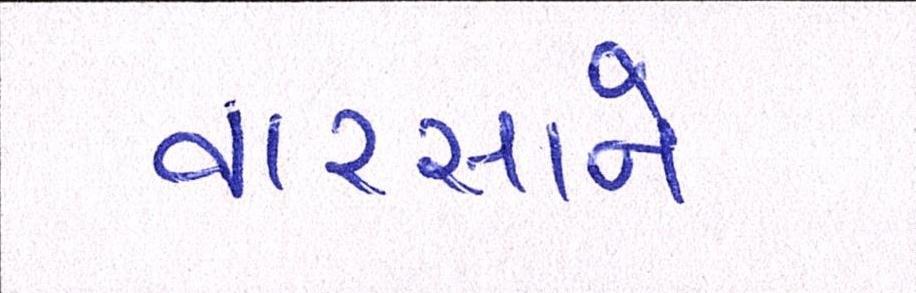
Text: વારસાને